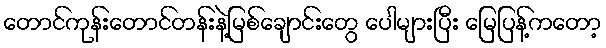
တောင်ကုန်းတောင်တန်းနဲ့မြစ်ချောင်းတွေ ပေါများပြီး မြေပြန့်ကတော့